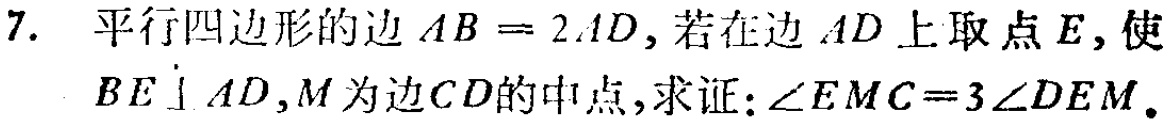
7. 平行四边形的边\(AB = 2AD\)，若在边\(AD\)上取点\(E\)，使\(BE\perp AD\)，\(M\)为边\(CD\)的中点，求证：\(\angle EMC = 3\angle DEM\)。